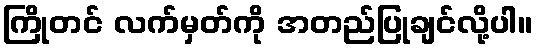
ကြိုတင် လက်မှတ်ကို အတည်ပြုချင်လို့ပါ။